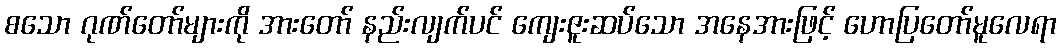
စသော ဂုဏ်တော်များကို အားတော် နည်းလျက်ပင် ကျေးဇူးဆပ်သော အနေအားဖြင့် ဟောပြတော်မူလေရာ